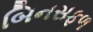
બિનસફળ